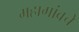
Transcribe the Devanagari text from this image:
महागांवचे